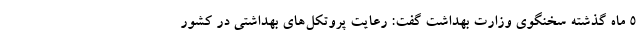
۵ ماه گذشته سخنگوی وزارت بهداشت گفت: رعایت پروتکل‌های بهداشتی در کشور